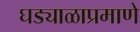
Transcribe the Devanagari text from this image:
घड्याळाप्रमाणे